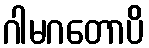
ဂါမဂတောပိ